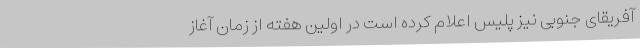
آفریقای جنوبی نیز پلیس اعلام کرده است در اولین هفته از زمان آغاز